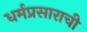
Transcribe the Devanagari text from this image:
धर्मप्रसाराची